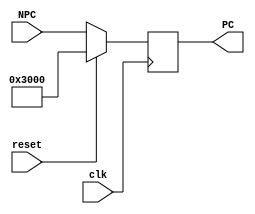
`timescale 1ns / 1ps
//////////////////////////////////////////////////////////////////////////////////
// Company: 
// Engineer: 
// 
// Design Name: 
// Module Name:    pc 
// Project Name: 
// Target Devices: 
// Tool versions: 
// Description: 
//
// Dependencies: 
//
// Revision: 
// Revision 0.01 - File Created
// Additional Comments: 
//
//////////////////////////////////////////////////////////////////////////////////
module PC(
    input clk,
    input reset,
    input [31:0] NPC,
    output [31:0] PC
    );
    reg [31:0] temp;
	 
	 //initial begin
	 //    temp = 32'h0000_3000;
	 //end
	 //PC doesn't need initializing? 
	 //Normally,use reset to initialize
	 
    always @(posedge clk ) begin
        if (reset) temp <= 32'h0000_3000;
        else temp <= NPC;
    end
	 
    assign PC = temp;
endmodule